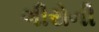
ગીરોની